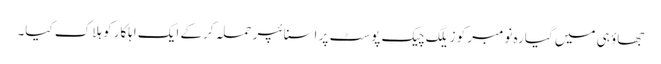
جھاؤ ہی میں گیارہ نومبر کو زیلگ چیک پوسٹ پر اسنائپر حملہ کرکے ایک اہلکار کو ہلاک کیا۔